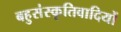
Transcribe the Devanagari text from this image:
बहुसंस्कृतिवादियों